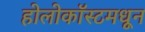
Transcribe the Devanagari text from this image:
होलोकॉस्टमधून